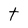
Character: t